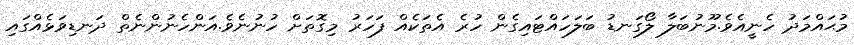
މުޙައްމަދު ހެނީއެވެ.މޫނުބަލާ ލޯގަނޑު ބަލަހައްޓައިގެން ހުރެ އެތަކެއް ފަހަރު މިގޮތަށް ހުނުނެވެ.އަންހެނުންނެތް ދަނޑިވަޅެއްގައި